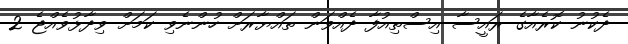
ދެކުނު ކޮރެއާގެ ރައީސާ އިސްތިއުފާ ދެއްވަން ތައްޔާރަށް ހުންނެވި ކަމަށް ވިދާޅުވެއްޖެ 2